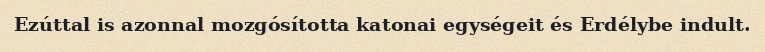
Ezúttal is azonnal mozgósította katonai egységeit és Erdélybe indult.